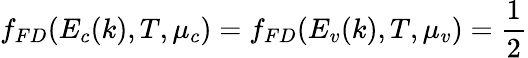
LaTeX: f_{FD}(E_{c}(k),T,\mu_{c})=f_{FD}(E_{v}(k),T,\mu_{v})=\frac{1}{2}